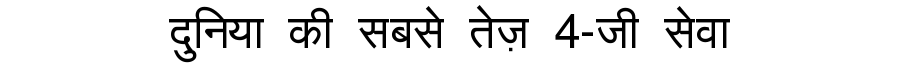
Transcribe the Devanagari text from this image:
दुनिया की सबसे तेज़ 4-जी सेवा